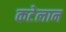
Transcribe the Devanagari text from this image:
कटेलान